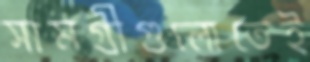
সামগ্রীগুলোতেই